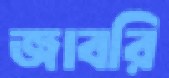
জাবরি